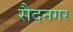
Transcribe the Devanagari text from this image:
सैदनगर